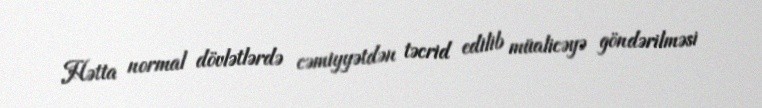
Hətta normal dövlətlərdə cəmiyyətdən təcrid edilib müalicəyə göndərilməsi